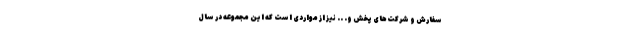
سفارش و شرکت‌های پخش و. .. نیز از مواردی است که این مجموعه در سال